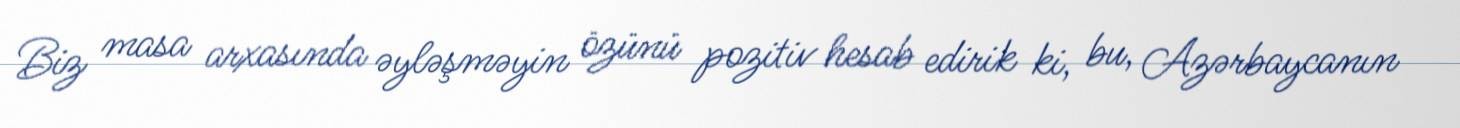
Biz masa arxasında əyləşməyin özünü pozitiv hesab edirik ki, bu, Azərbaycanın